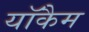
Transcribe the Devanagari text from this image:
यॉकैम